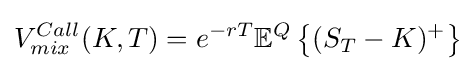
V_{mix}^{Call}(K,T)=e^{-rT}\mathbb {E} ^{Q}\left\{(S_{T}-K)^{+}\right\}